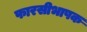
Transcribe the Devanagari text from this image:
फारसीभाषक